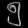
Digit: ၅